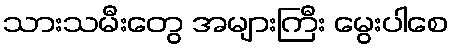
သားသမီးတွေ အများကြီး မွေးပါစေ